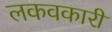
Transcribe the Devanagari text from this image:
लकवकारी